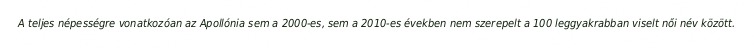
A teljes népességre vonatkozóan az Apollónia sem a 2000-es, sem a 2010-es években nem szerepelt a 100 leggyakrabban viselt női név között.